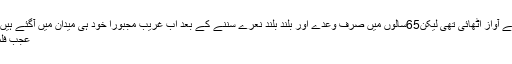
بھٹو نے غریبوں کیلئے آواز اٹھائی تھی لیکن65سالوں میں صرف وعدے اور بلند بلند نعرے سننے کے بعد اب غریب مجبوراً خود ہی میدان میں آگئے ہیں شاعر نے کہا تھا....
عجب فلمی زمانے آگئے ہیں۔